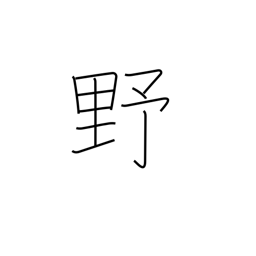
Meaning: plains